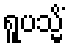
ရူပသ္မိံ